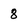
Character: 8